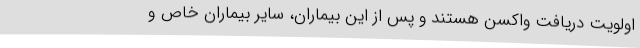
اولویت دریافت واکسن هستند و پس از این بیماران، سایر بیماران خاص و